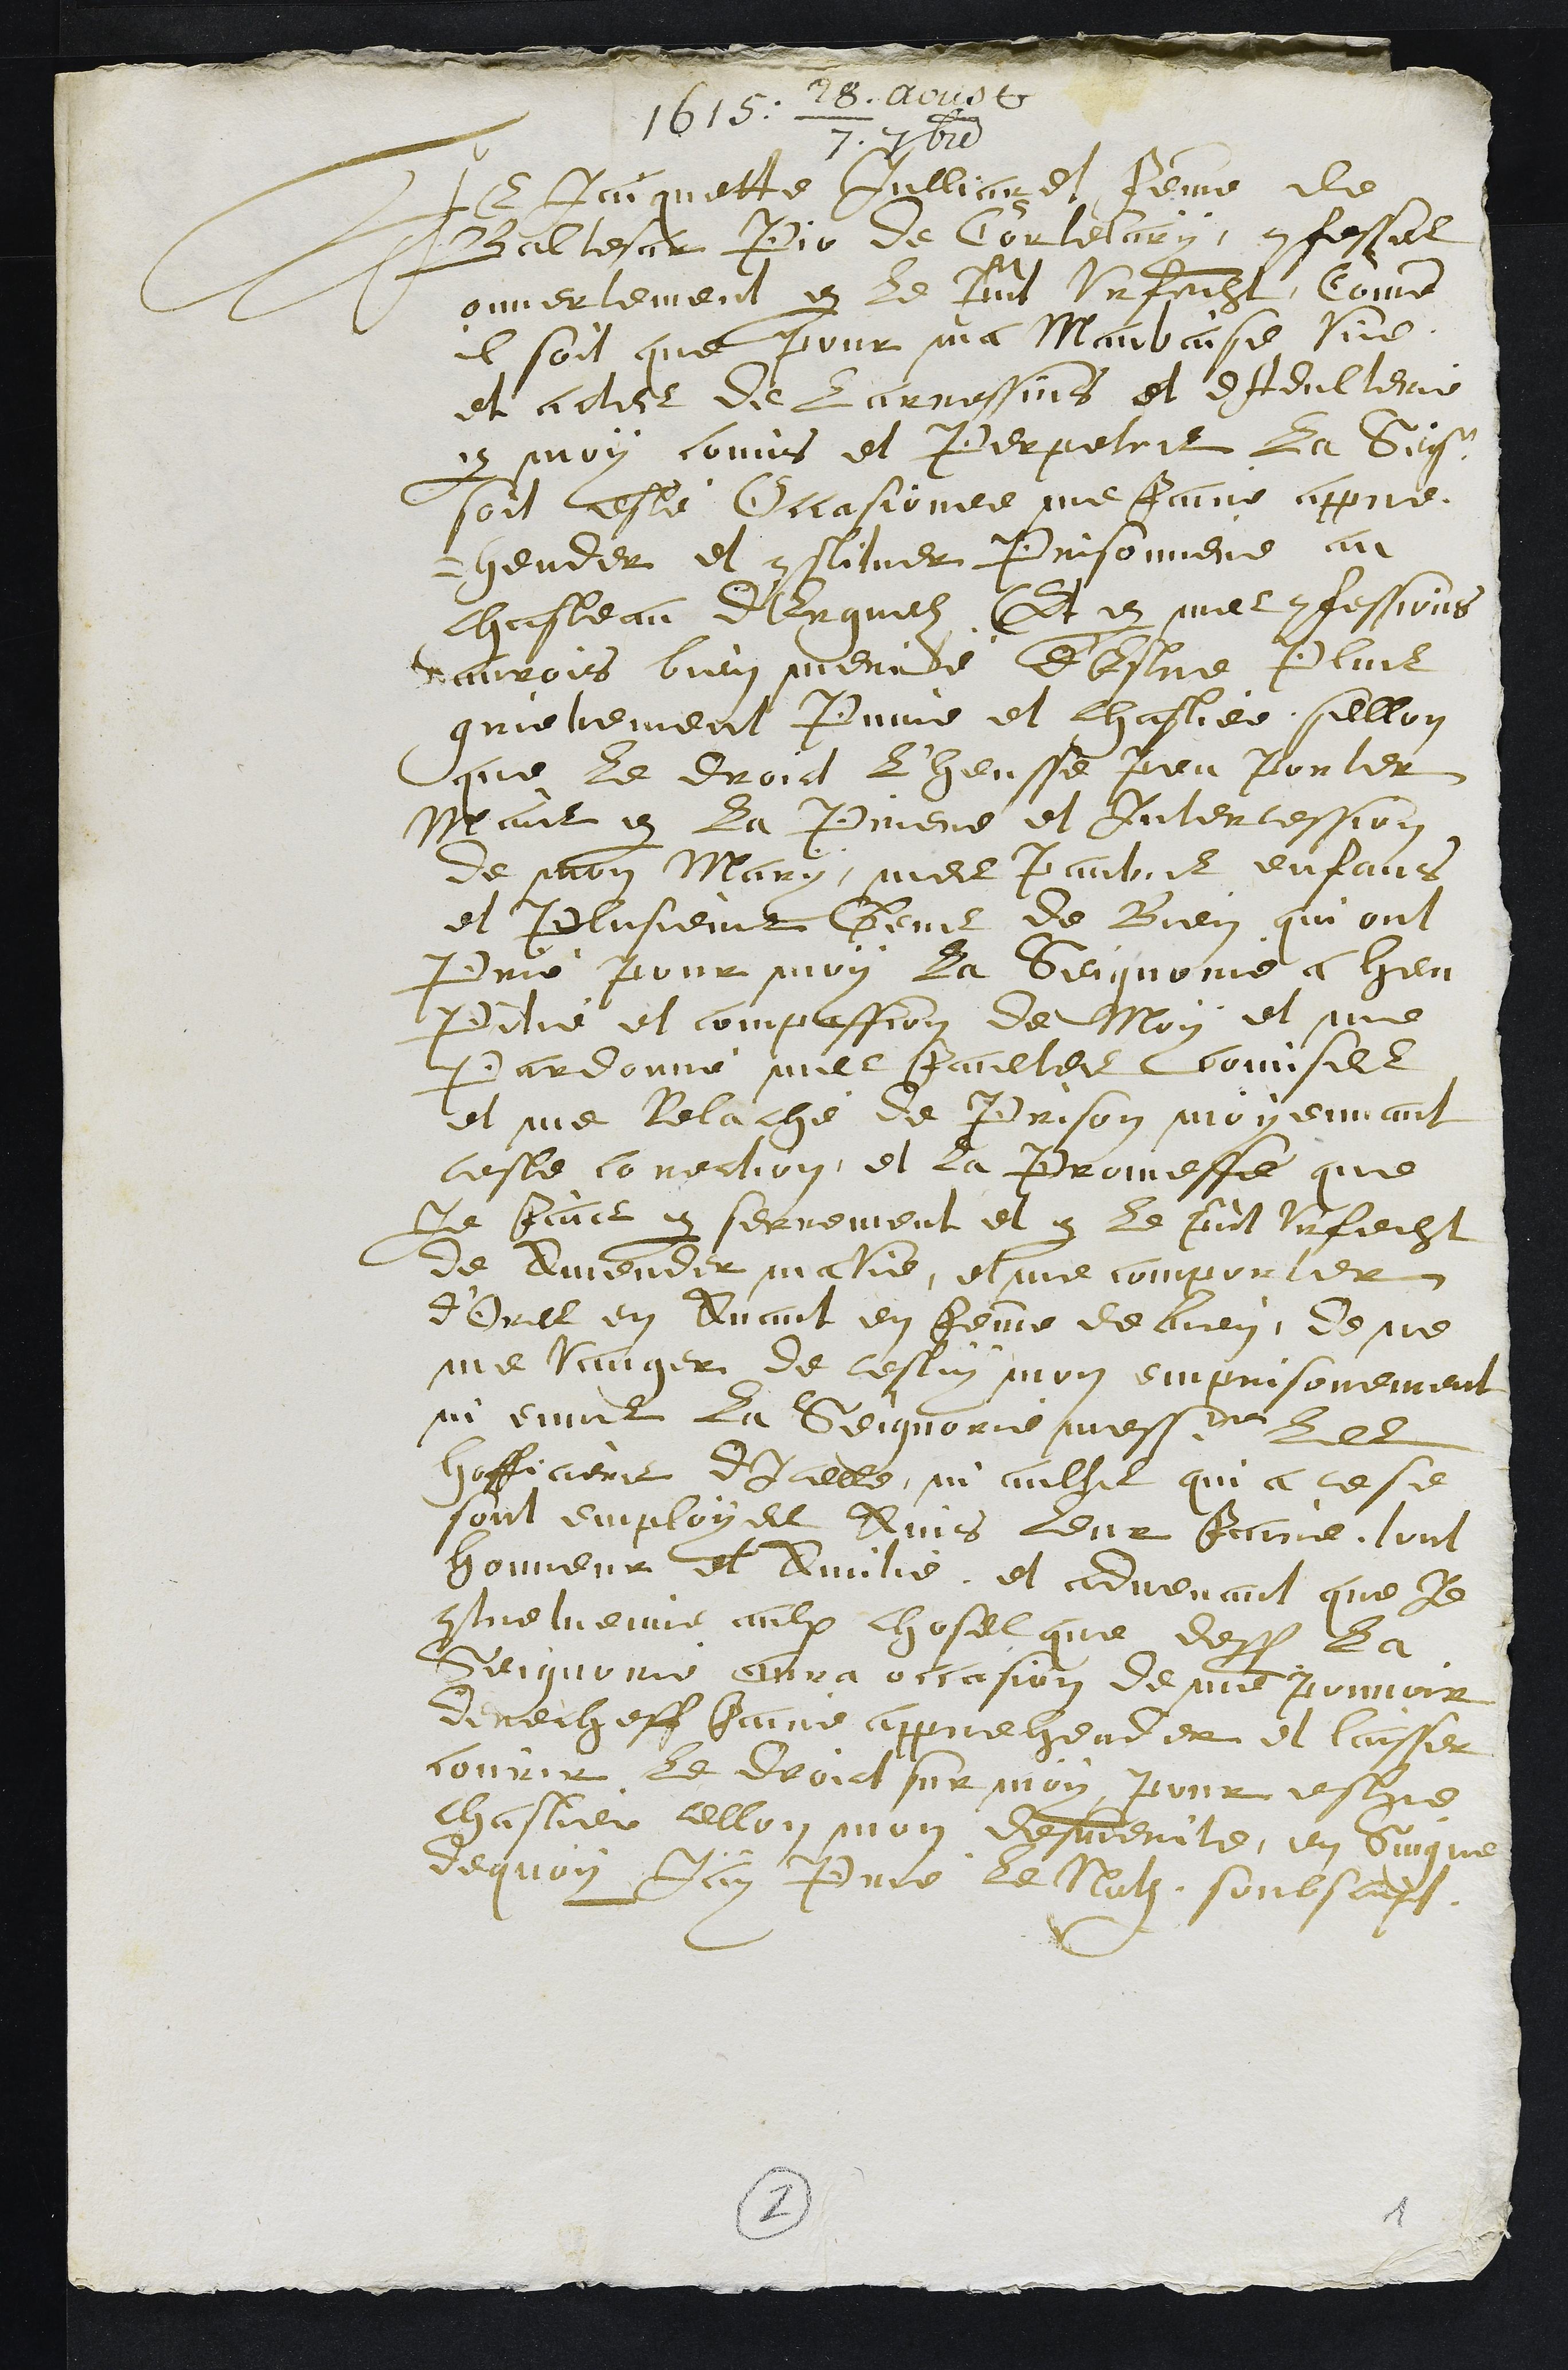
1615. 28. aoust
7. 7bre
Je Jaiquette Jullian et femme de
Baltesar Pic de Cortelary, confesses
ouvertement en le present Urfecht, comme
il soit que pour ma Mauvaise vie
et actes de larressins et dAdultere
par moy comis et Perpetrer la Seige
soit esté Occasionee me faire appre-
hender et constituer Prisonniere au
Chasteau d'Erguelz Et par mes confessions
aurois bien merité d'Estre Plus
grievement Punie et chastiee sellon
que le droit l'heusse peu porter
Mais par la Priere et Intercession
de mon Mary, mes Pauvres enfans
et Plusieur Gens de Bien qui ont
Prié pour moy la Seignorie a heu
Pitié et compassion de Moy et me
Pardonné mes faultes comises
et me Relaché de Prison moyennant
ceste convention, et la Promesse que
Je fais par serrement et par le present Urfecht
de Amender ma Vie, et me comporter
d'Ores en Avant en femme de bien, de ne
me vanger de cestuy mon emprisonnement
ni envers la Seignorie messieurs les
hofficiers d'Icelle, ni aultre qui a ce se
sont employes Ains leur faire tout
honneur et Amitié, et advenant que Je
contrevienne aulx choses que dessus que la
Seignorie aura occasion de me pouvoir
derecheff faire apprehender et laisser
courir le droict sur moy, pour estre
chastiee cellon mon desmerite, en Suigne
dequoy Jay Prié le Not soubscript
2
1